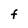
Character: F